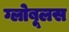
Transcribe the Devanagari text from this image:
ग्लोबूलस